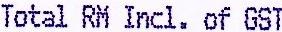
TOTAL RM INCL. OF GST